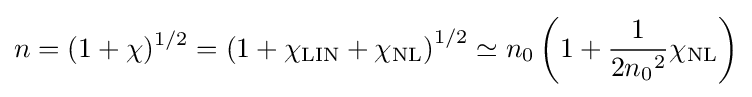
n=(1+\chi )^{1/2}=\left(1+\chi _{\mathrm {LIN} }+\chi _{\mathrm {NL} }\right)^{1/2}\simeq n_{0}\left(1+{\frac {1}{2{n_{0}}^{2}}}\chi _{\mathrm {NL} }\right)